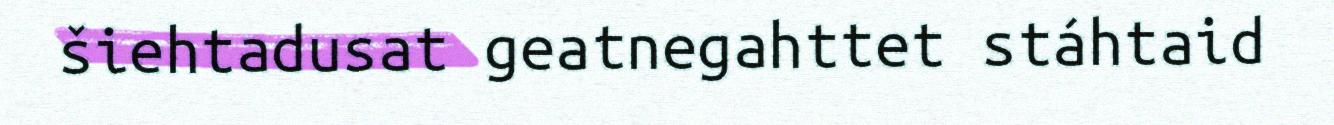
šiehtadusat geatnegahttet stáhtaid